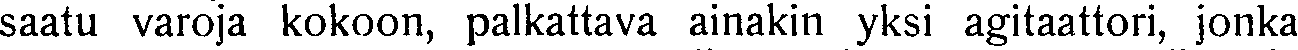
saatu varoja kokoon, palkattava ainakin yksi agitaattori, jonka